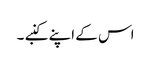
اس کے اپنے کنبے ۔